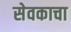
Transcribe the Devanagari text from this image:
सेवकाचा